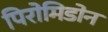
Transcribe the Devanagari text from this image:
पिरोमिडोन